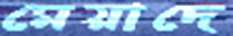
মেয়াদে